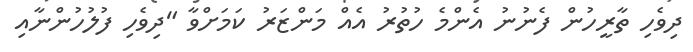
ދިވެހި ތާރީހުން ފެނުނު އެންމެ ހުތުރު އެއް މަންޒަރު ކަމަށްވާ "ދިވެހި ފުލުހުންނާއި